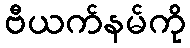
ဗီယက်နမ်ကို